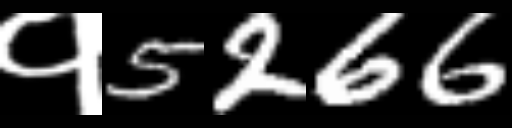
Text: १5266